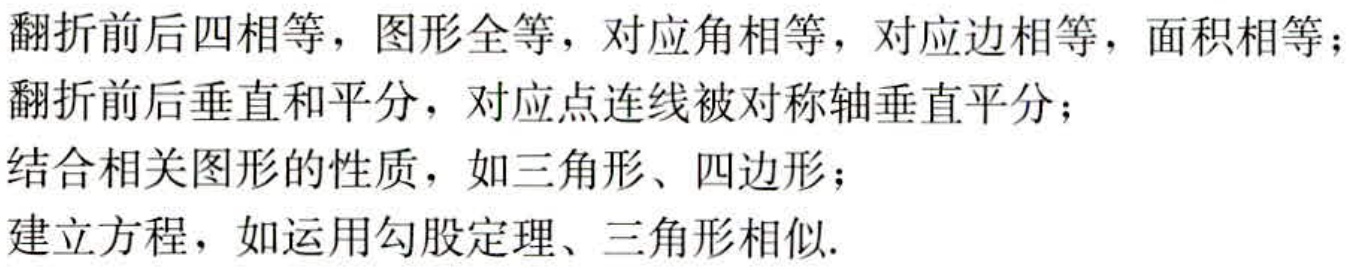
翻折前后四相等，图形全等，对应角相等，对应边相等，面积相等；

翻折前后垂直和平分，对应点连线被对称轴垂直平分；

结合相关图形的性质，如三角形、四边形；

建立方程，如运用勾股定理、三角形相似.